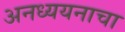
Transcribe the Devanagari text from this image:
अनध्ययनाचा